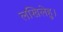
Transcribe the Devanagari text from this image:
लखिलेहु।